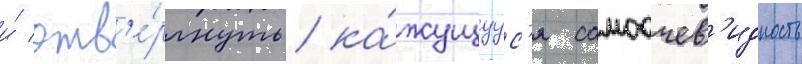
и́ отв'е́ргнуть ка́жущуус'я самоочев'идность